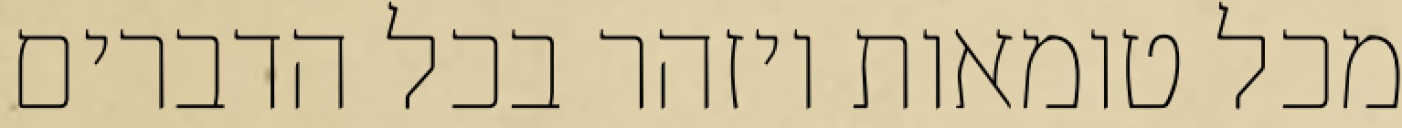
מכל טומאות ויזהר בכל הדברים